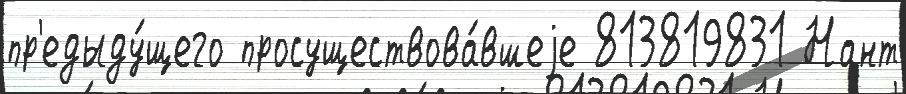
пр'едыду́щего просуществова́вшеjе 813819831 Нант